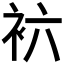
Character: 𰳱